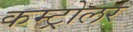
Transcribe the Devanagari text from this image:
कम्ट्रोलर